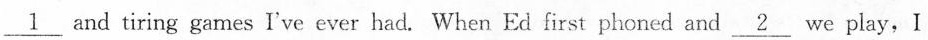
\underline{1} and tiring games I've ever had. When Ed first phoned and \underline{2} we play,I